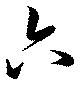
六